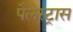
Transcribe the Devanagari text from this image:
पैलेस्ट्रास